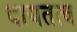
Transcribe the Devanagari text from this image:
दायतत्व